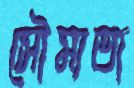
সৌম্যতা